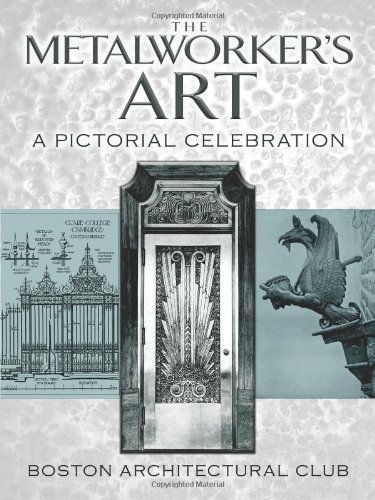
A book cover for The Metalworker's Art: A Pictorial Celebration (Dover Jewelry and Metalwork); Boston Architectural Club; Crafts, Hobbies & Home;